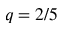
q = 2 / 5